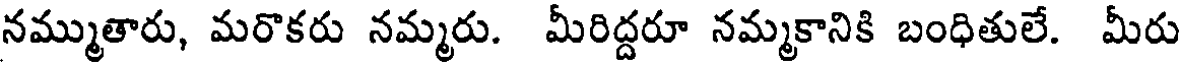
నమ్ముతారు, మరొకరు నమ్మరు. మీరిద్దరూ నమ్మకానికి బంధితులే. మీరు